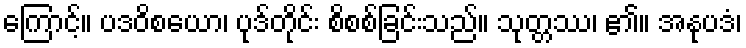
ကြောင့်။ ပဒဝိစယော၊ ပုဒ်တိုင်း စိစစ်ခြင်းသည်။ သုတ္တဿ၊ ၏။ အနုပဒံ၊